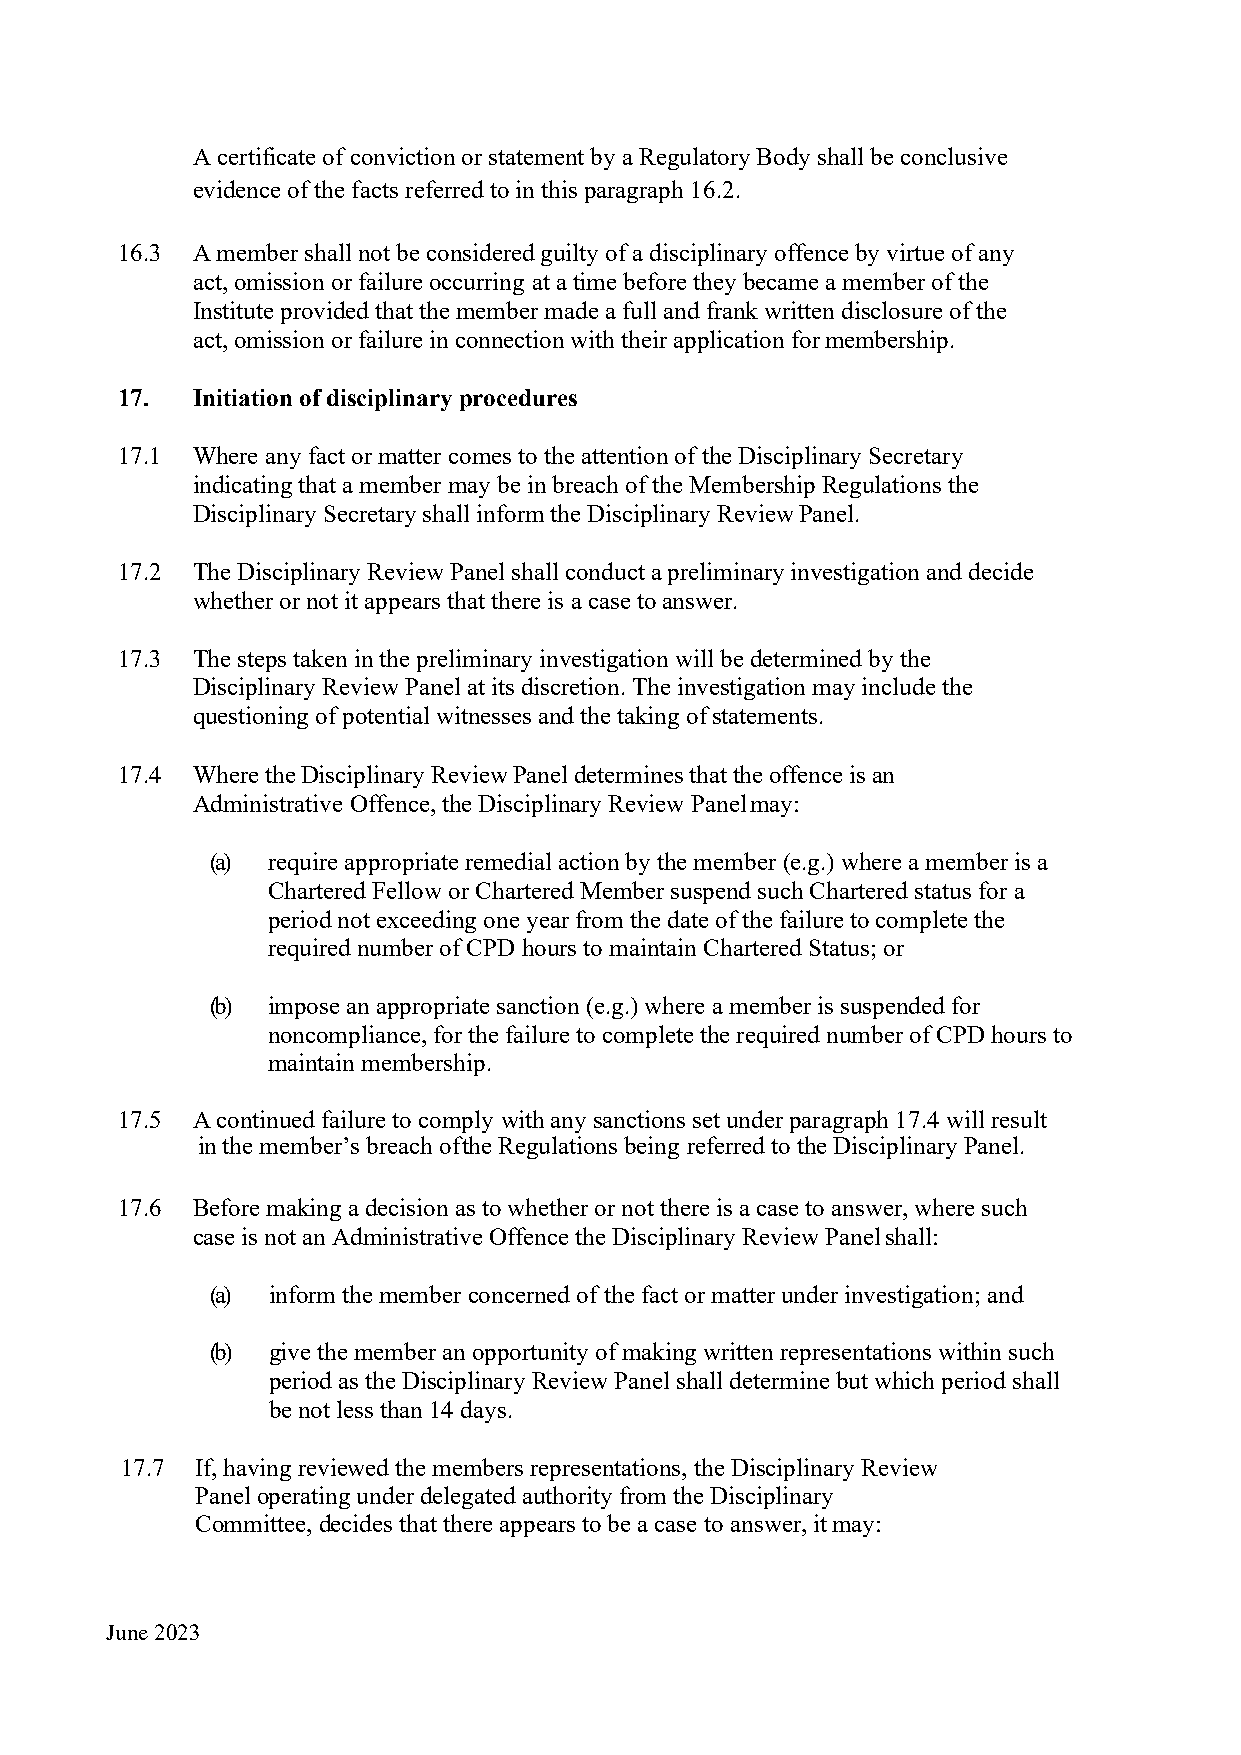
A certificate of conviction or statement by a Regulatory Body shall be conclusive
 evidence of the facts referred to in this paragraph 16.2.
 16.3 A member shall not be considered guilty of a disciplinary offence by virtue of any
 act, omission or failure occurring at a time before they became a member of the
 Institute provided that the member made a full and frank written disclosure of the
 act, omission or failure in connection with their application for membership.
 17.  Initiation of disciplinary procedures
 17.1 Where any fact or matter comes to the attention of the Disciplinary Secretary
 indicating that a member may be in breach of the Membership Regulations the
 Disciplinary Secretary shall inform the Disciplinary Review Panel.
 17.2 The Disciplinary Review Panel shall conduct a preliminary investigation and decide
 whether or not it appears that there is a case to answer.
 17.3 The steps taken in the preliminary investigation will be determined by the
 Disciplinary Review Panel at its discretion. The investigation may include the
 questioning of potential witnesses and the taking of statements.
 17.4 Where the Disciplinary Review Panel determines that the offence is an
 Administrative Offence, the Disciplinary Review Panel may:
 (a) require appropriate remedial action by the member (e.g.) where a member is a
 Chartered Fellow or Chartered Member suspend such Chartered status for a
 period not exceeding one year from the date of the failure to complete the
 required number of CPD hours to maintain Chartered Status; or
 (b) impose an appropriate sanction (e.g.) where a member is suspended for
 noncompliance, for the failure to complete the required number of CPD hours to
 maintain membership.
 17.5 A continued failure to comply with any sanctions set under paragraph 17.4 will result
 in the member’s breach of the Regulations being referred to the Disciplinary Panel.
 17.6 Before making a decision as to whether or not there is a case to answer, where such
 case is not an Administrative Offence the Disciplinary Review Panel shall:
 (a) inform the member concerned of the fact or matter under investigation; and
 (b) give the member an opportunity of making written representations within such
 period as the Disciplinary Review Panel shall determine but which period shall
 be not less than 14 days.
 17.7 If, having reviewed the members representations, the Disciplinary Review
 Panel operating under delegated authority from the Disciplinary
 Committee, decides that there appears to be a case to answer, it may:
 June 2023